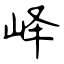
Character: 峄